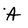
Character: A